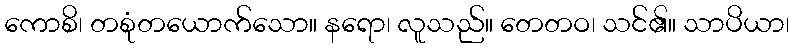
ကောစိ၊ တစုံတယောက်သော။ နရော၊ လူသည်။ တေတဝ၊ သင်၏။ သာပိယာ၊